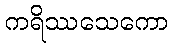
ကရိဿသေကော